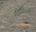
નાતાલની